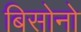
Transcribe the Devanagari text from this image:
बिसोनो